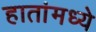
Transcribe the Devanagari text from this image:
हातांमध्ये